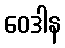
ဝေဒါန